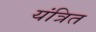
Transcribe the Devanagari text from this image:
यंत्रित